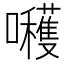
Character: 𭌶